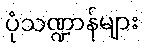
ပုံသဏ္ဍာန်များ